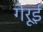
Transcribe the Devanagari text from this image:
गेरूई